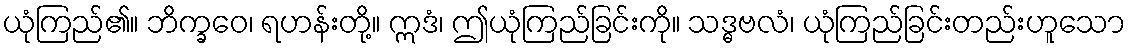
ယုံကြည်၏။ ဘိက္ခဝေ၊ ရဟန်းတို့။ ဣဒံ၊ ဤယုံကြည်ခြင်းကို။ သဒ္ဓဗလံ၊ ယုံကြည်ခြင်းတည်းဟူသော